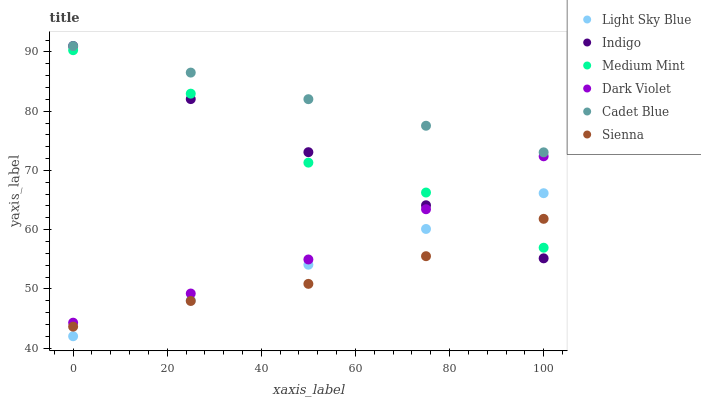
| xaxis_label | Light Sky Blue | Indigo | Medium Mint | Dark Violet | Cadet Blue | Sienna |
 | --- | --- | --- | --- | --- | --- | --- |
 | 0 | 42 | 91 | 90.3 | 44.3 | 91 | 43.6 |
 | 25 | 48 | 82 | 83 | 49.2 | 86.5 | 48 |
 | 50 | 54.1 | 73.1 | 71.3 | 55 | 82 | 50.8 |
 | 75 | 60.1 | 64.1 | 66.3 | 63.4 | 77.5 | 55.5 |
 | 100 | 66.2 | 55.2 | 56.9 | 72.4 | 73.1 | 61.8 |